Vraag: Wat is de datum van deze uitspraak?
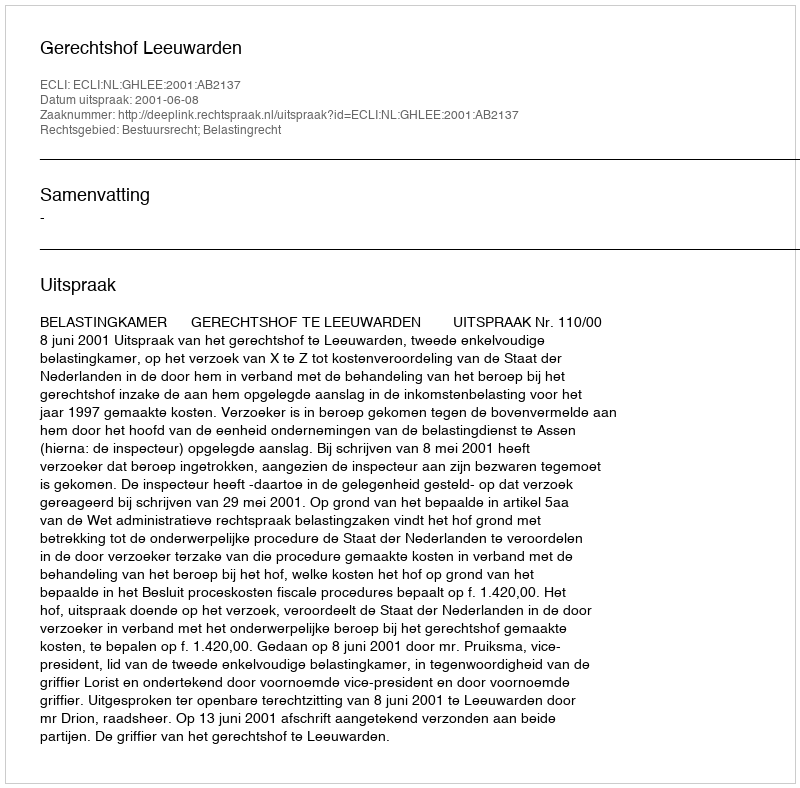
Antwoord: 2001-06-08